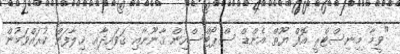
"ވީމާ މިނިސްޓްރީ އޮފް ޔޫތް އެންޑް ސްޕޯޓްސްއިން ޤާނޫނާއި ޤަވައިދާއި ޚިލާފަށް ކުރައްވަމުން